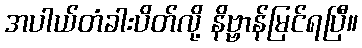
အပါယ်တံခါးပိတ်လို့ နိဗ္ဗာန်မြင်ရပြီ။